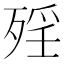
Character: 𣨮